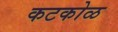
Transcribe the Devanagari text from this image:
कटकोळ